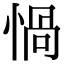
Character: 𢝸